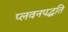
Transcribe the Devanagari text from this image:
प्लवनपद्धति